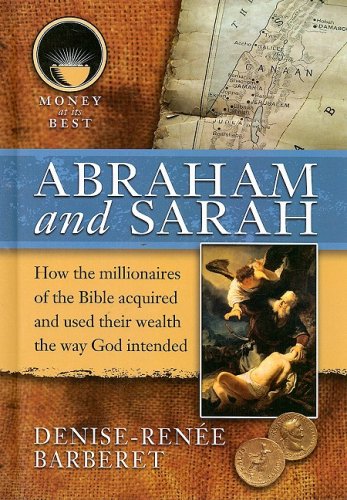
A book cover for Abraham and Sarah (Money at Its Best: Millionaires of the Bible); Denise-renee Barbaret; Teen & Young Adult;